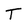
Character: T